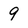
Character: 9